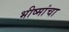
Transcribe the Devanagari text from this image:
भीष्मांचा